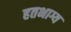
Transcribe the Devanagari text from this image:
हतभाग्य